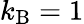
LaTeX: k_{\mathrm{B}}=1